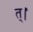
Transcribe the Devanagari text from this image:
त्।